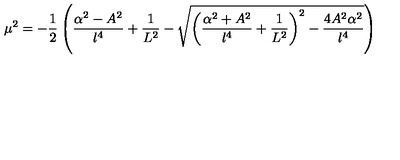
\mu ^ { 2 } = - \frac { 1 } { 2 } \left( \frac { \alpha ^ { 2 } - A ^ { 2 } } { l ^ { 4 } } + \frac { 1 } { L ^ { 2 } } - \sqrt { { \left( \frac { \alpha ^ { 2 } + A ^ { 2 } } { l ^ { 4 } } + \frac { 1 } { L ^ { 2 } } \right) ^ { 2 } - \frac { 4 A ^ { 2 } \alpha ^ { 2 } } { l ^ { 4 } } } } \right)